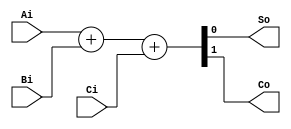
`define ADDER_DESCRIPTION 1

module full_adder1(
        input   Ai, Bi, Ci,
        output  So, Co);

`ifdef ADDER_DESCRIPTION
        assign {Co, So} = Ai + Bi + Ci ;
`else
        assign So = Ai ^ Bi ^ Ci ;
        assign Co = (Ai & Bi) | (Ci & (Ai | Bi));
`endif


endmodule